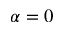
\alpha = 0